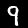
Label: 9